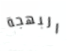
البهجة